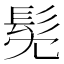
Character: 髧